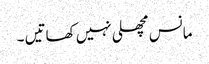
مانس مچھلی نہیں کھاتیں ۔